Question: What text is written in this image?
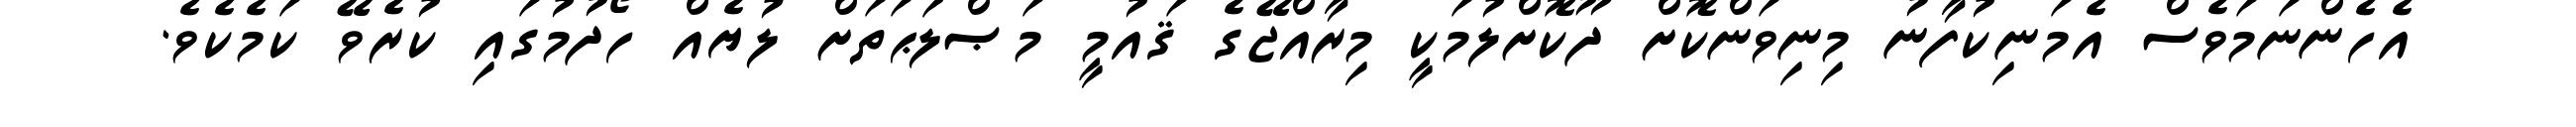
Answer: އެހެންނަމަވެސް އެމަނިކުފާނު މިނިވަންކޮށް ދޫކޮށްލުމަކީ މިރާއްޖޭގެ ޤައުމީ މަޞްލަޙަތަށް ލުޔެއް ހޯދުމުގައި ކުރެވޭ ކަމެކެވެ.